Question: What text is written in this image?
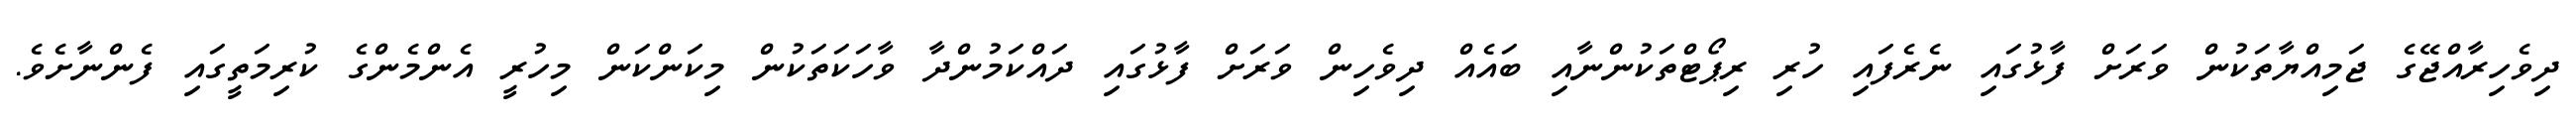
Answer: ދިވެހިރާއްޖޭގެ ޖަމިއްޔާތަކުން ވަރަށް ފާޅުގައި ނެރެފައި ހުރި ރިޕޯޓްތަކުންނާއި ބައެއް ދިވެހިން ވަރަށް ފާޅުގައި ދައްކަމުންދާ ވާހަކަތަކުން މިކަންކަން މިހުރީ އެންމެންގެ ކުރިމަތީގައި ފެންނާށެވެ.